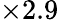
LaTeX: \times 2.9